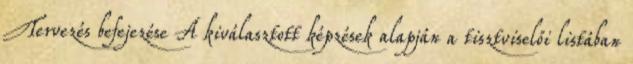
Tervezés befejezése A kiválasztott képzések alapján a tisztviselői listában